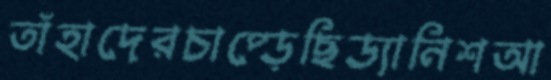
তাঁহাদেরচাপ্‌ড়েছিড্যানিশআ